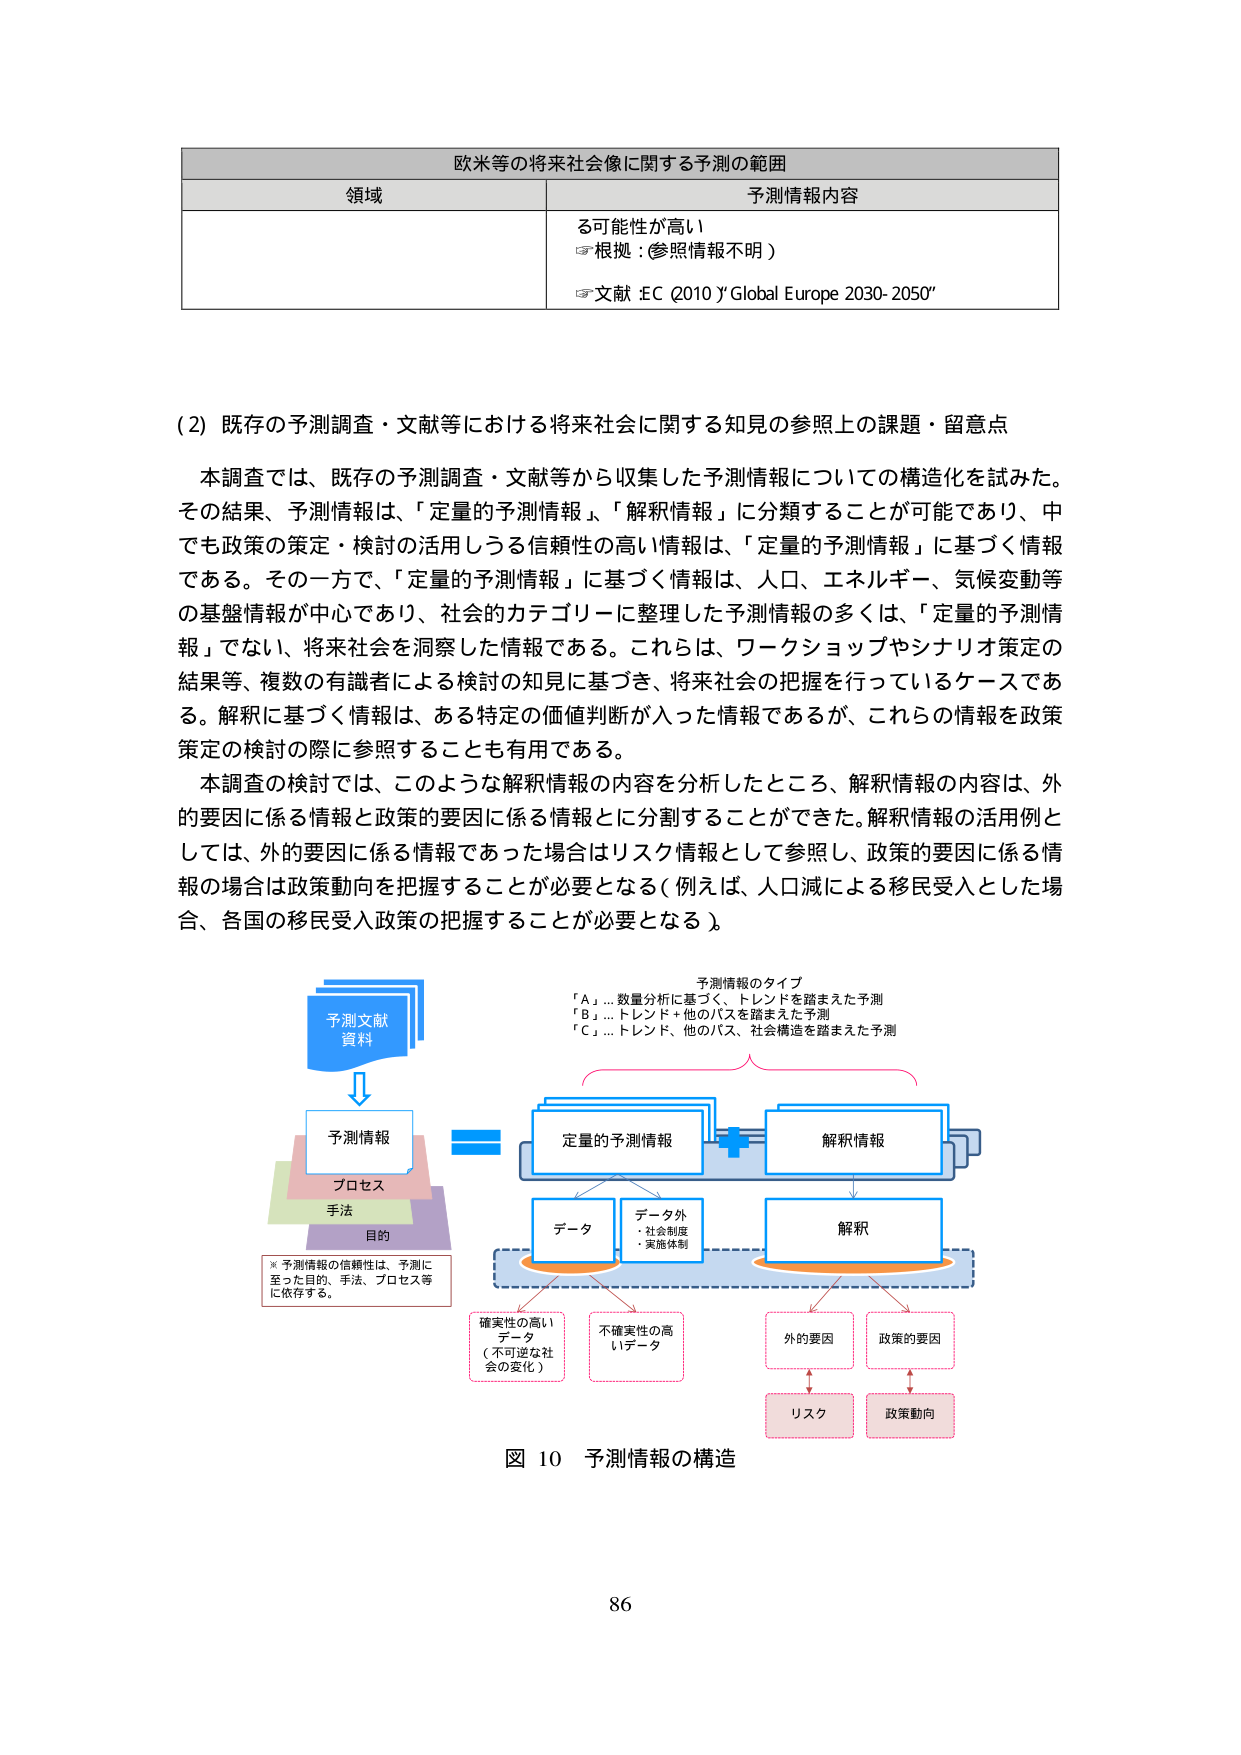
欧米等の将来社会像に関する予測の範囲
領域 予測情報内容
る可能性が高い
☞根拠：参照情報不明）
☞文献：EC（2010）「Global Europe 2030-2050」

（2）既存の予測調査・文献等における将来社会に関する知見の参照上の課題・留意点
本調査では、既存の予測調査・文献等から収集した予測情報についての構造化を試みた。
その結果、予測情報は、「定量的予測情報」、「解釈情報」に分類することが可能であり、中でも政策の策定・検討の活用しうる信頼性の高い情報は、「定量的予測情報」に基づく情報である。その一方で、「定量的予測情報」に基づく情報は、人口、エネルギー、気候変動等の基盤情報が中心であり、社会的カテゴリーに整理した予測情報の多くは、「定量的予測情報」でない、将来社会を洞察した情報である。これらは、ワークショップやシナリオ策定の結果等、複数の有識者による検討の知見に基づき、将来社会の把握を行っているケースである。解釈に基づく情報は、ある特定の価値判断が入った情報であるが、これらの情報を政策策定の検討の際に参照することも有用である。
本調査の検討では、このような解釈情報の内容を分析したところ、解釈情報の内容は、外的要因に係る情報と政策的要因に係る情報とに分割することができた。解釈情報の活用例としては、外的要因に係る情報であった場合はリスク情報として参照し、政策的要因に係る情報の場合は政策動向を把握することが必要となる（例えば、人口減による移民受入とした場合、各国の移民受入政策の把握することが必要となる）。

予測情報のタイプ
「A」…数量分析に基づく、トレンドを踏まえた予測
「B」…トレンド＋他のパスを踏まえた予測
「C」…トレンド、他のパス、社会構造を踏まえた予測

予測文献
資料
↓
予測情報
プロセス
手法
目的
※予測情報の信頼性は、予測に至った目的、手法、プロセス等に依存する。

＝
定量的予測情報
解釈情報
↓
データ
データ外
・社会制度
・実施体制
↓
解釈
↓
確実性の高いデータ（不可逆な社会の変化）
不確実性の高いデータ
外的要因
政策的要因
↓
リスク
政策動向

図 10 予測情報の構造

86